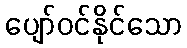
ပျော်ဝင်နိုင်သော